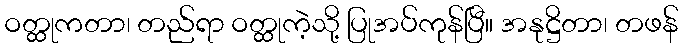
ဝတ္ထုကတာ၊ တည်ရာ ဝတ္ထုကဲ့သို့ ပြုအပ်ကုန်ပြီ။ အနုဋ္ဌိတာ၊ တဖန်